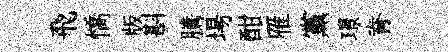
飛憍版斟騰場酣雁黨璟脊